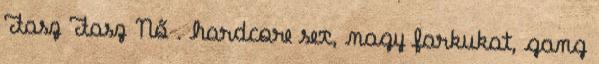
Fasz Fasz Nő . hardcore sex, nagy farkukat, gang